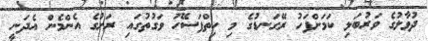
ދުވާލުގެ ވަރުބަލި ކަމަށްފަހު ރޭގަނޑުގެ މި ހިތްފަސޭހަ ވަގުތުގައި ރަށުގެ އެންމެން އެދަނީ